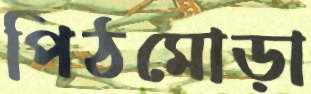
পিঠমোড়া